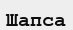
Шапса